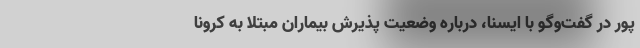
پور در گفت‌وگو با ایسنا، درباره وضعیت پذیرش بیماران مبتلا به کرونا